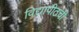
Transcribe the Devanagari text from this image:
विद्यापीठची